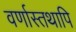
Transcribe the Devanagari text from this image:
वर्णास्तथापि